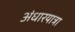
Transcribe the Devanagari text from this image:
अंधारयात्रा